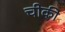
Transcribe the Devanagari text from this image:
चीकी